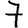
Digit: 7